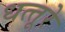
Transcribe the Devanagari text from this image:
धत्‍तूरे